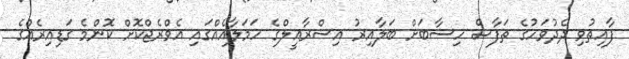
ފާއިތުވި ދެދުވަހުގެ ތަފާސް ހިސާބަށް ބަލާއިރު އިސްރާއީލްގެ ހަމަލާއެއްގައި އެވްރެޖްކޮށް ކޮންމެ ގަޑިއިރެއްގެ